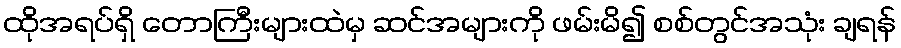
ထိုအရပ်ရှိ တောကြီးများထဲမှ ဆင်အများကို ဖမ်းမိ၍ စစ်တွင်အသုံး ချရန်